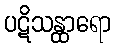
ပဋိသန္ထာရော